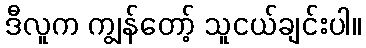
ဒီလူက ကျွန်တော့် သူငယ်ချင်းပါ။